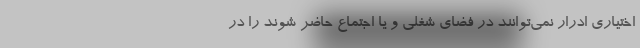
اختیاری ادرار نمی‌توانند در فضای شغلی و یا اجتماع حاضر شوند را در